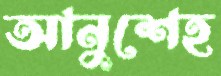
আনুশেহ